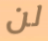
لن